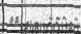
٥٣